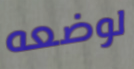
لوضعه